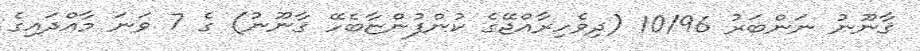
ޤާނޫނު ނަންބަރު 10/96 (ދިވެހިރާއްޖޭގެ ކުންފުންޏާބެހޭ ޤާނޫނު) ގެ 7 ވަނަ މާއްދައިގެ